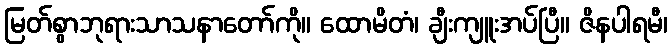
မြတ်စွာဘုရားသာသနာတော်ကို။ ထောမိတံ၊ ချီးကျူးအပ်ပြီ။ ဇိနပါရမီ၊